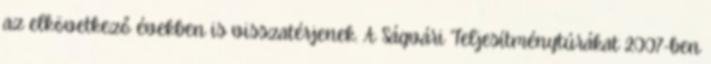
az elkövetkező években is visszatérjenek. A Ságvári Teljesítménytúrákat 2007-ben